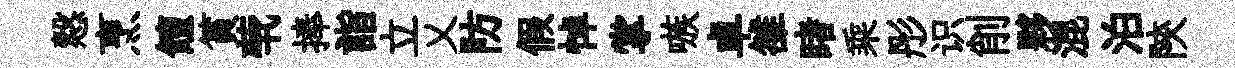
慤烹饘篔茕捧詣立乂防假悼掌嗾卓雒睹乘彤识削夥混泊陝